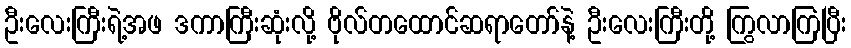
ဦးလေးကြီးရဲ့အဖ ဒကာကြီးဆုံးလို့ ဗိုလ်တထောင်ဆရာတော်နဲ့ ဦးလေးကြီးတို့ ကြွလာကြပြီး